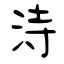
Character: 洔